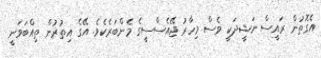
އެގޮތުން ރައީސް ނަޝީދަކީ ވެސް މިހާރު ޖޭއެސްސީގެ މެންބަރެކެވެ. އޭގެ އިތުރުން ތިއްބަވަނީ